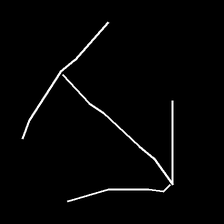
Glyph: levitation